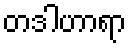
တဒါဟာရာ